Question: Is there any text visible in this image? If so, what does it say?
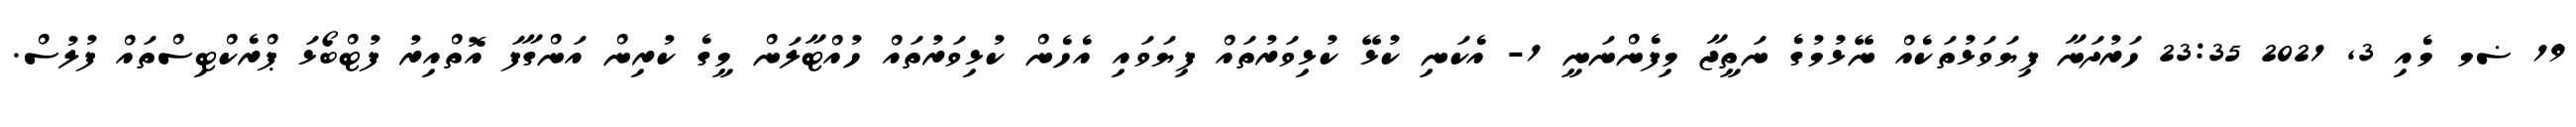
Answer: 19 ޟމ މެއި 3, 2021 23:35 ހަރުދަނާ ފިޔަވަޅުތަކެއް ނޭޅުމުގެ ނަތީޖާ މިފެންނަނީ 1- އެކަނި ކުޅޭ ކުޅިވަރުތައް ފިޔަވައި އެހެން ކުޅިވަރުތައް ހުއްޓާލަން މީގެ ކުރިން އަންގާފަ އޮތްއިރު ފުޓްބޯޅަ ޕްރެކްޓިސްތައް ފުލުސް.